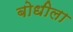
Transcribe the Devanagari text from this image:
बोधीला